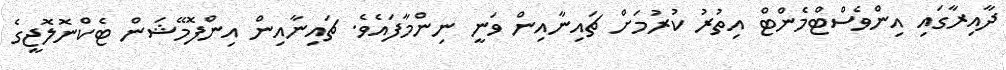
ދާއިރާގައި އިންވެސްޓްމެންޓް އިތުރު ކުރުމަށް ޗައިނާއިން ވަނީ ނިންމާފައެވެ. ޗައިނާއިން އިންފޮމޭޝަން ޓެކްނޮލޮޖީގެ